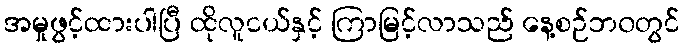
အမှုဖွင့်ထားပါပြီ ထိုလူငယ်နှင့် ကြာမြင့်လာသည် နေ့စဉ်ဘ၀တွင်